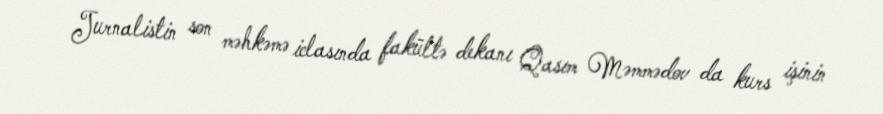
Jurnalistin son məhkəmə iclasında fakültə dekanı Qasım Məmmədov da kurs işinin